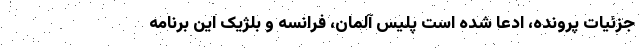
جزئیات پرونده، ادعا شده است پلیس آلمان، فرانسه و بلژیک این برنامه